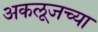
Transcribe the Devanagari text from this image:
अकलूजच्या